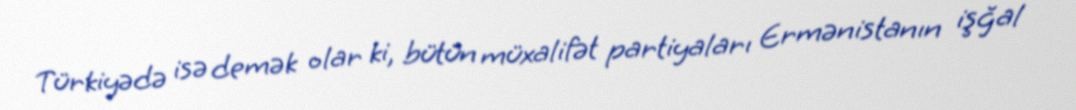
Türkiyədə isə demək olar ki, bütün müxalifət partiyaları Ermənistanın işğal